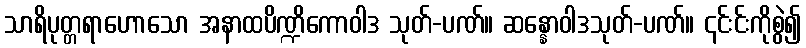
သာရိပုတ္တရာဟောသော အနာထပိဏ္ဍိကောဝါဒ သုတ်-ပဏ်။ ဆန္နောဝါဒသုတ်-ပဏ်။ ၎င်းင်းကိုစွဲ၍